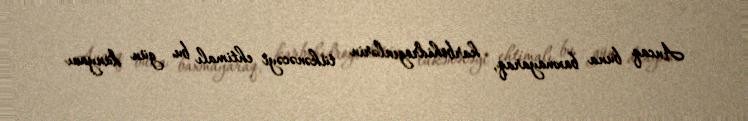
Ancaq buna baxmayaraq, karbohidrogenlərin tükənəcəyi ehtimalı bu gün dünyanı